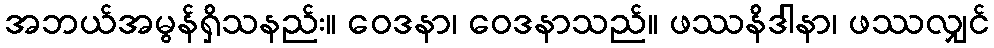
အဘယ်အမွန်ရှိသနည်း။ ဝေဒနာ၊ ဝေဒနာသည်။ ဖဿနိဒါနာ၊ ဖဿလျှင်